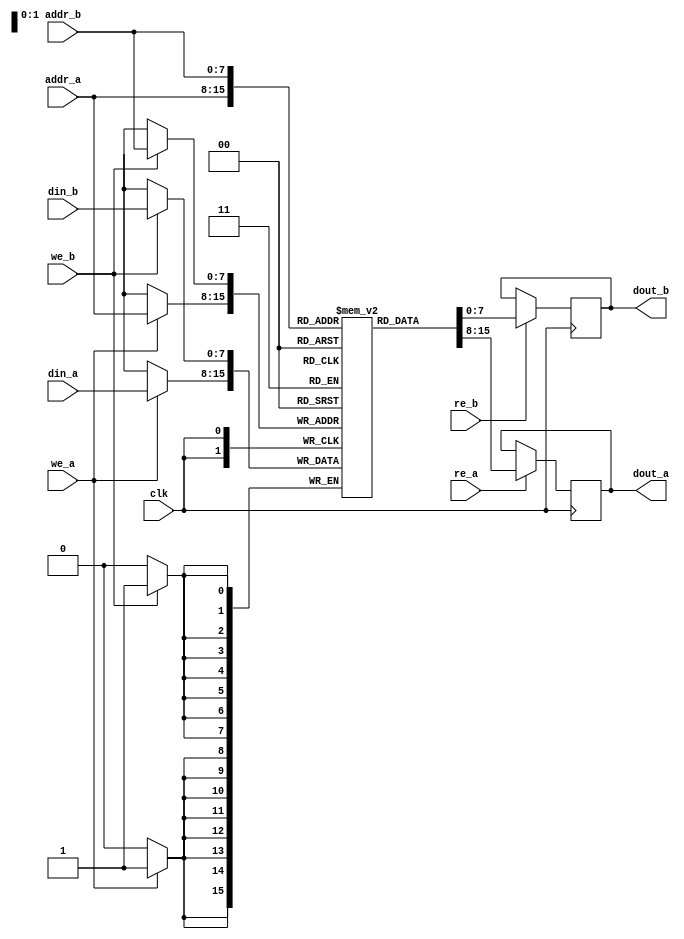
module dual_port_ram #(
    parameter ADDR_WIDTH = 8,  // Address width
    parameter DATA_WIDTH = 8    // Data width
) (
    input wire clk,                 // Clock signal
    input wire we_a,               // Write Enable for Port A
    input wire re_a,               // Read Enable for Port A
    input wire [ADDR_WIDTH-1:0] addr_a, // Address for Port A
    input wire [DATA_WIDTH-1:0] din_a,  // Data Input for Port A
    output reg [DATA_WIDTH-1:0] dout_a, // Data Output for Port A

    input wire we_b,               // Write Enable for Port B
    input wire re_b,               // Read Enable for Port B
    input wire [ADDR_WIDTH-1:0] addr_b, // Address for Port B
    input wire [DATA_WIDTH-1:0] din_b,  // Data Input for Port B
    output reg [DATA_WIDTH-1:0] dout_b  // Data Output for Port B
);

    // Memory array declaration
    reg [DATA_WIDTH-1:0] ram [(2**ADDR_WIDTH)-1:0];

    // Read/Write logic for Port A
    always @(posedge clk) begin
        if (we_a) begin
            ram[addr_a] <= din_a;  // Write data to RAM
        end
        if (re_a) begin
            dout_a <= ram[addr_a]; // Read data from RAM
        end
    end

    // Read/Write logic for Port B
    always @(posedge clk) begin
        if (we_b) begin
            ram[addr_b] <= din_b;  // Write data to RAM
        end
        if (re_b) begin
            dout_b <= ram[addr_b]; // Read data from RAM
        end
    end

    // Initialization/reset logic can be added here if required

endmodule